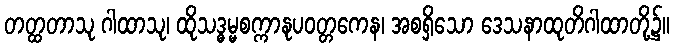
တတ္ထတာသု ဂါထာသု၊ ထိုသဒ္ဓမ္မစက္ကာနုပဝတ္တကေန၊ အစရှိသော ဒေသနာထုတိဂါထာတို့၌။